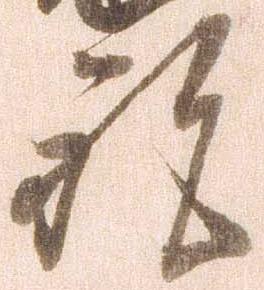
祝